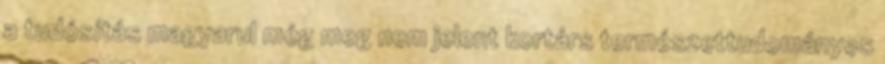
a tudósítás magyarul még meg nem jelent kortárs természettudományos